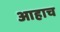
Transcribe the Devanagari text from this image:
आहाच